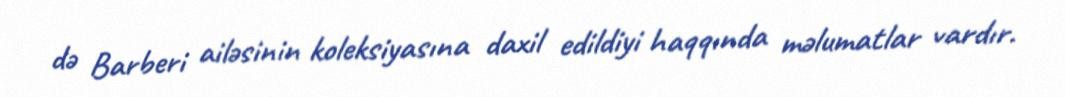
də Barberi ailəsinin koleksiyasına daxil edildiyi haqqında məlumatlar vardır.